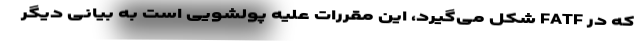
که در FATF شکل می‌گیرد، این مقررات علیه پولشویی است به بیانی دیگر